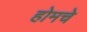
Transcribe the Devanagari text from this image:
होमचे